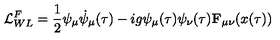
{ \cal L } _ { W L } ^ { F } = \frac { 1 } { 2 } \psi _ { \mu } \dot { \psi } _ { \mu } ( \tau ) - i g \psi _ { \mu } ( \tau ) \psi _ { \nu } ( \tau ) { \bf F } _ { \mu \nu } ( x ( \tau ) )